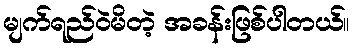
မျက်ရည်ဝဲမိတဲ့ အခန်းဖြစ်ပါတယ်။